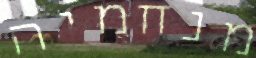
מנחמיה